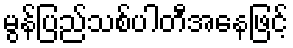
မွန်ပြည်သစ်ပါတီအနေဖြင့်